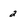
Character: 2